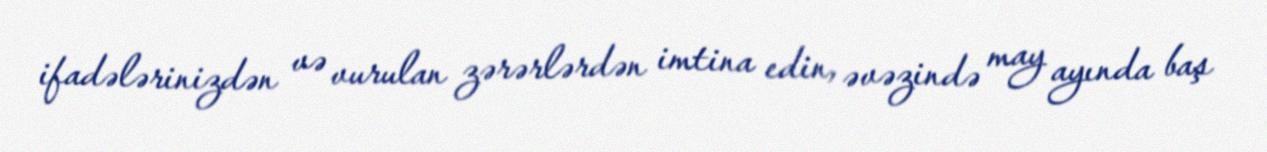
ifadələrinizdən və vurulan zərərlərdən imtina edin, əvəzində may ayında baş